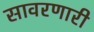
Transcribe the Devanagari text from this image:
सावरणारी